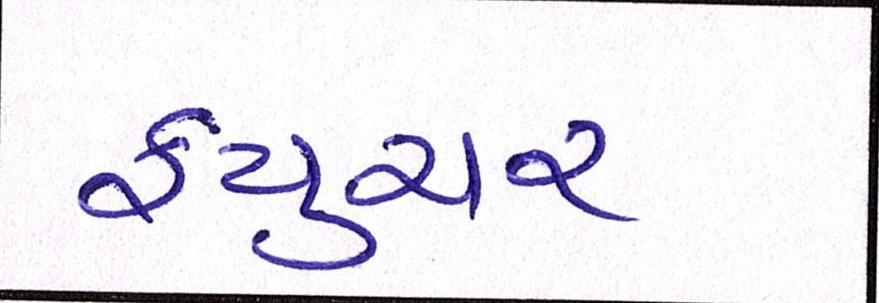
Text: ફ્યુચર